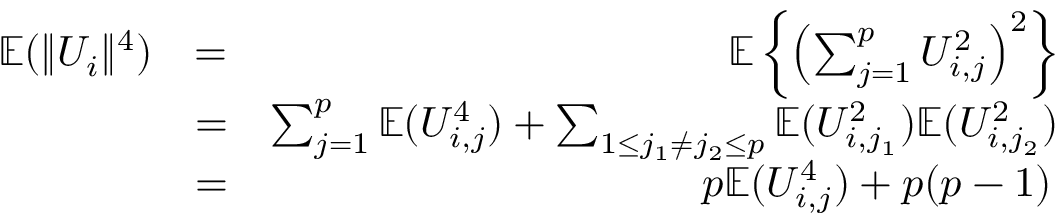
\begin{array} { r l r } { { \mathbb { E } } ( \| U _ { i } \| ^ { 4 } ) } & { = } & { { \mathbb { E } } \left\{ \left( \sum _ { j = 1 } ^ { p } U _ { i , j } ^ { 2 } \right) ^ { 2 } \right\} } \\ & { = } & { \sum _ { j = 1 } ^ { p } { \mathbb { E } } ( U _ { i , j } ^ { 4 } ) + \sum _ { 1 \leq j _ { 1 } \neq j _ { 2 } \leq p } { \mathbb { E } } ( U _ { i , j _ { 1 } } ^ { 2 } ) { \mathbb { E } } ( U _ { i , j _ { 2 } } ^ { 2 } ) } \\ & { = } & { p { \mathbb { E } } ( U _ { i , j } ^ { 4 } ) + p ( p - 1 ) \, } \end{array}